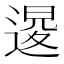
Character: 𨔫